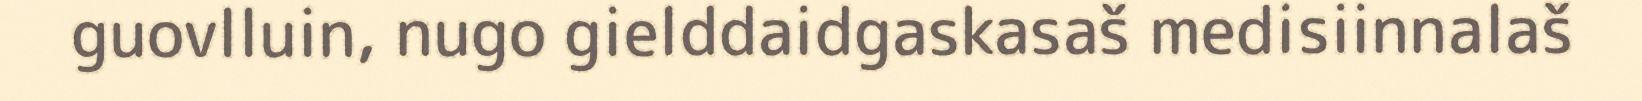
guovlluin, nugo gielddaidgaskasaš medisiinnalaš